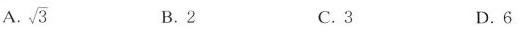
A.\sqrt{3} B.2 C.3 D.6